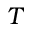
T